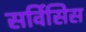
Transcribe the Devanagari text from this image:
सर्विसिस